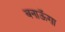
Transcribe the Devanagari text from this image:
बनाऊॅगा